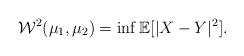
LaTeX: \begin{align*}\mathcal{W}^2(\mu_1,\mu_2) = \inf \mathbb{E}[|X-Y|^2].\end{align*}